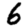
Digit: 6